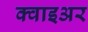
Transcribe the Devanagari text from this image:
क्वाइअर